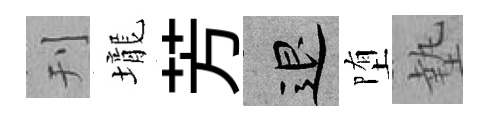
刊壠芳退堕墊